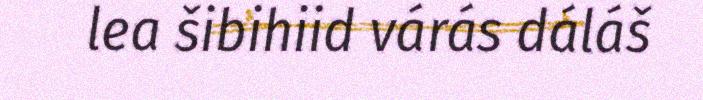
lea šibihiid várás dáláš